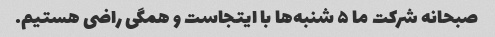
صبحانه شرکت ما ۵ شنبه‌ها با ایتجاست و همگی راضی هستیم.